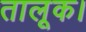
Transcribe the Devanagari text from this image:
तालूक।